65_HS1-834228961_62-HQ-83894_Section_6
Agency: FBI
Page 104
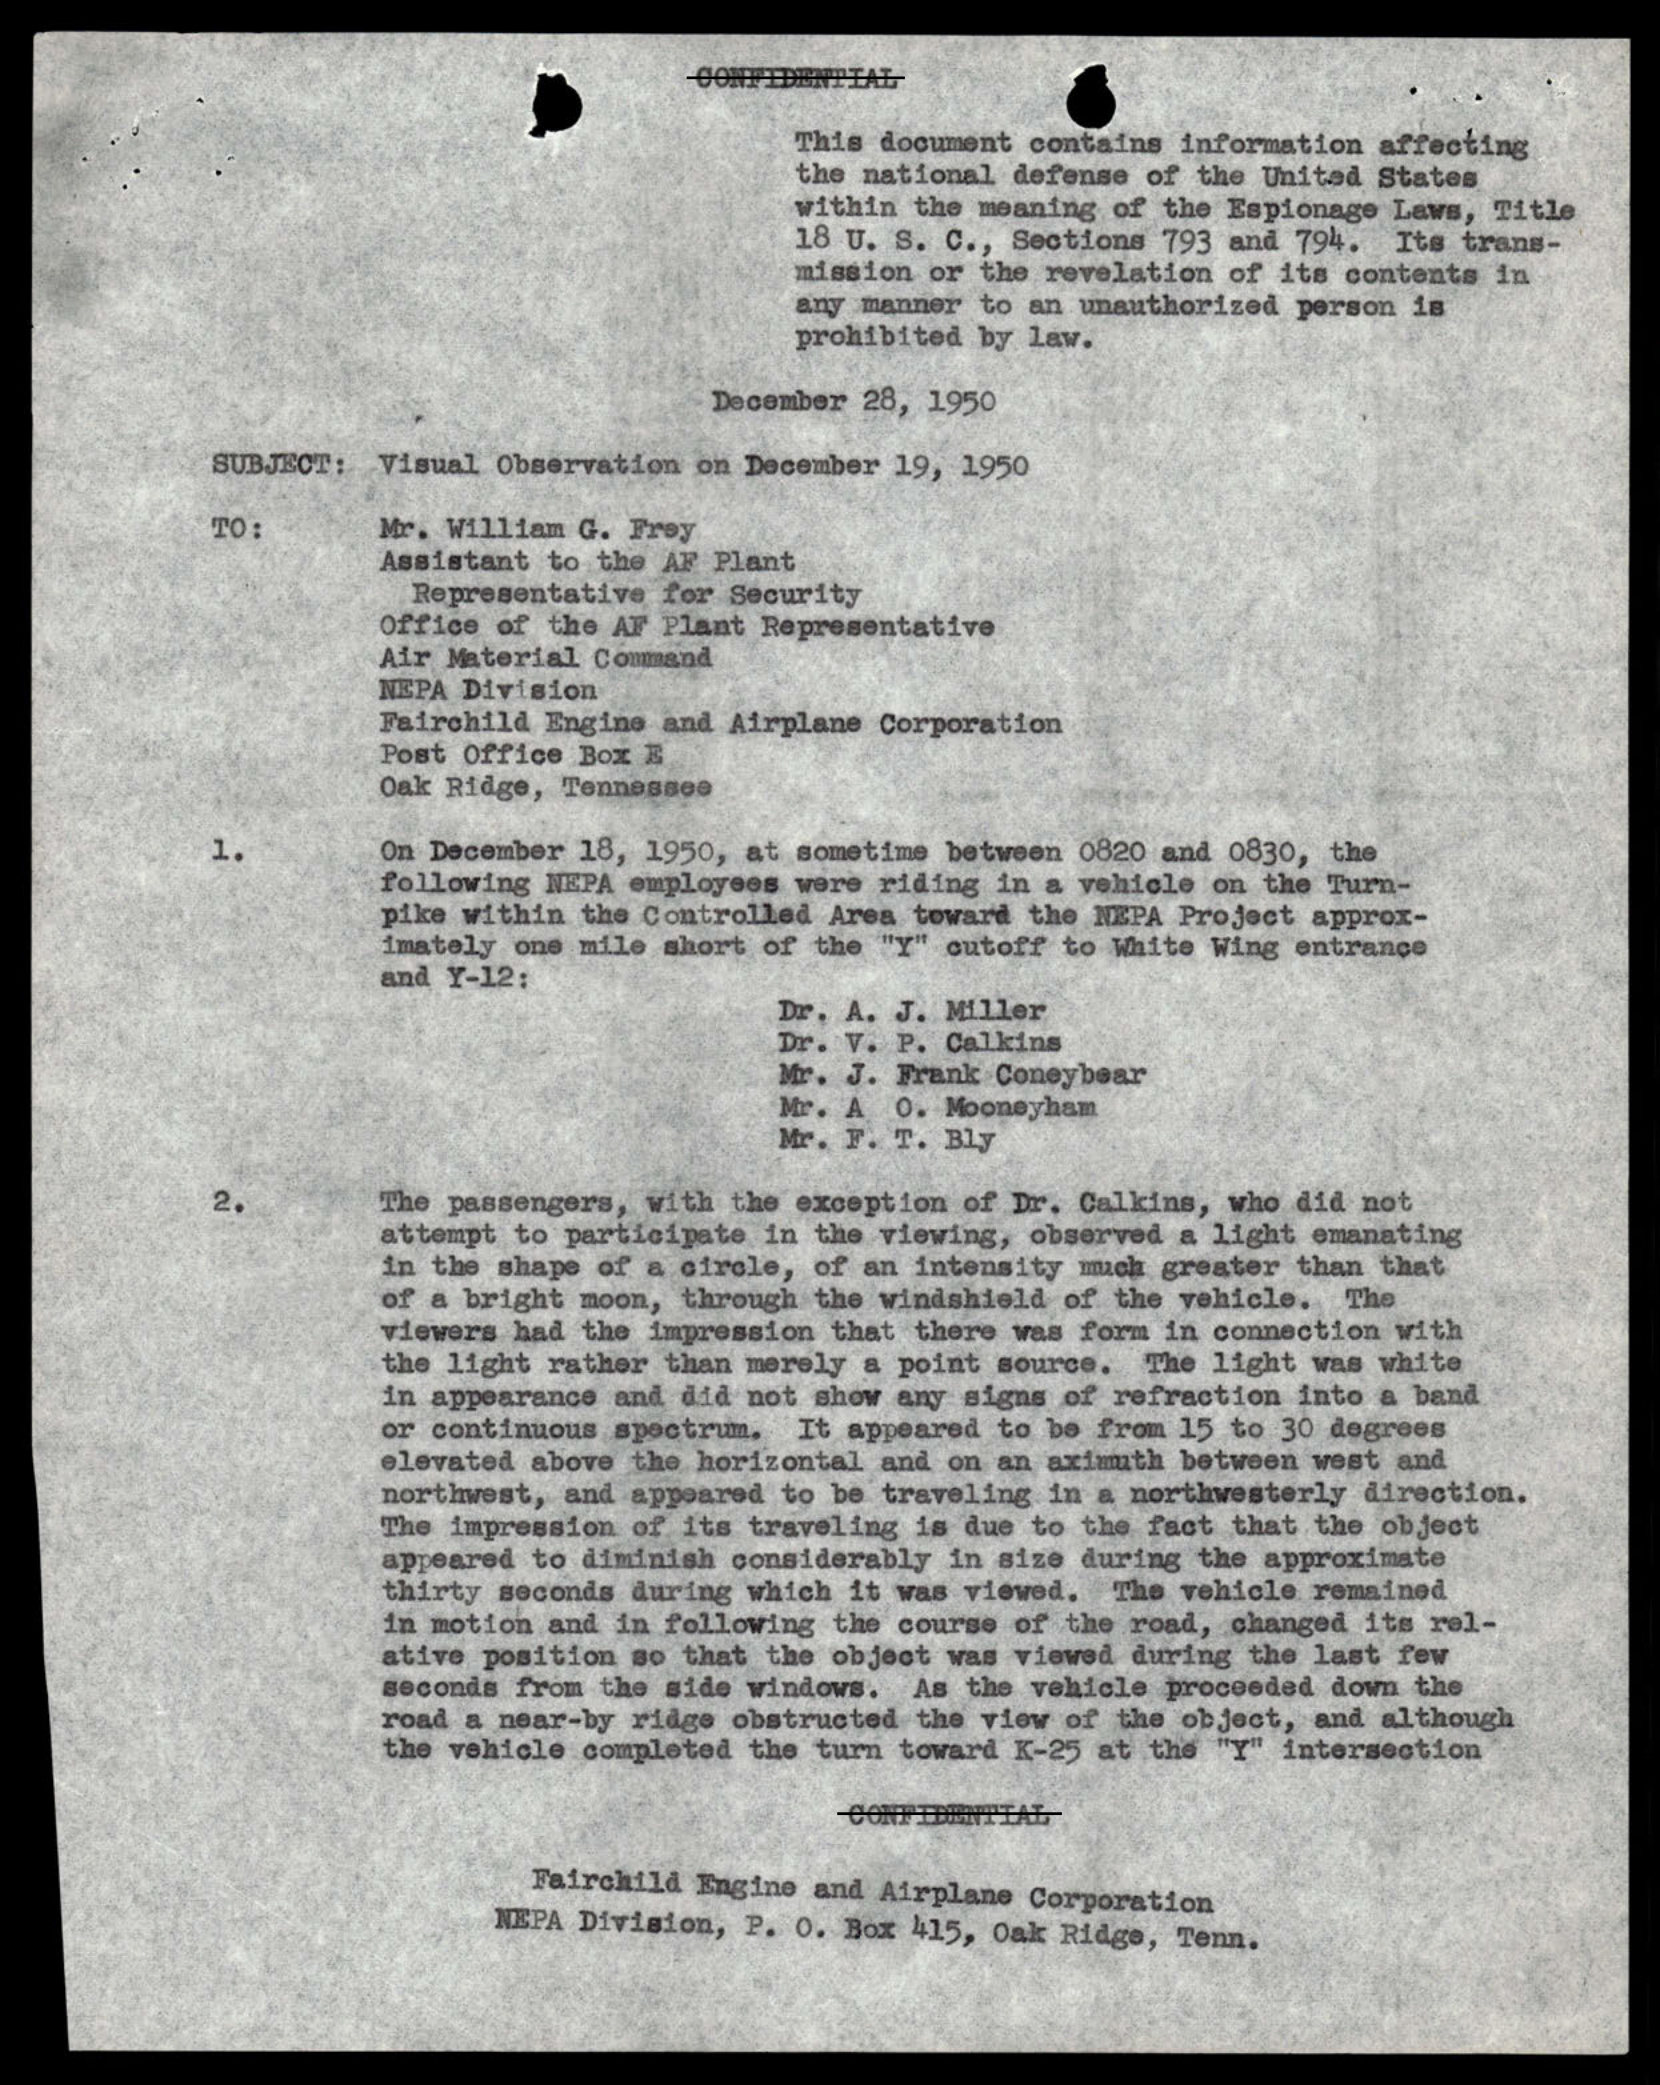